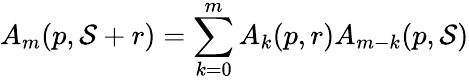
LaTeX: A_{m}(p,\mathcal{S}+r)=\sum_{k=0}^{m}A_{k}(p,r)A_{m-k}(p,\mathcal{S})